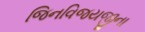
જિનવિજયજીના